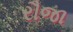
રૌજા